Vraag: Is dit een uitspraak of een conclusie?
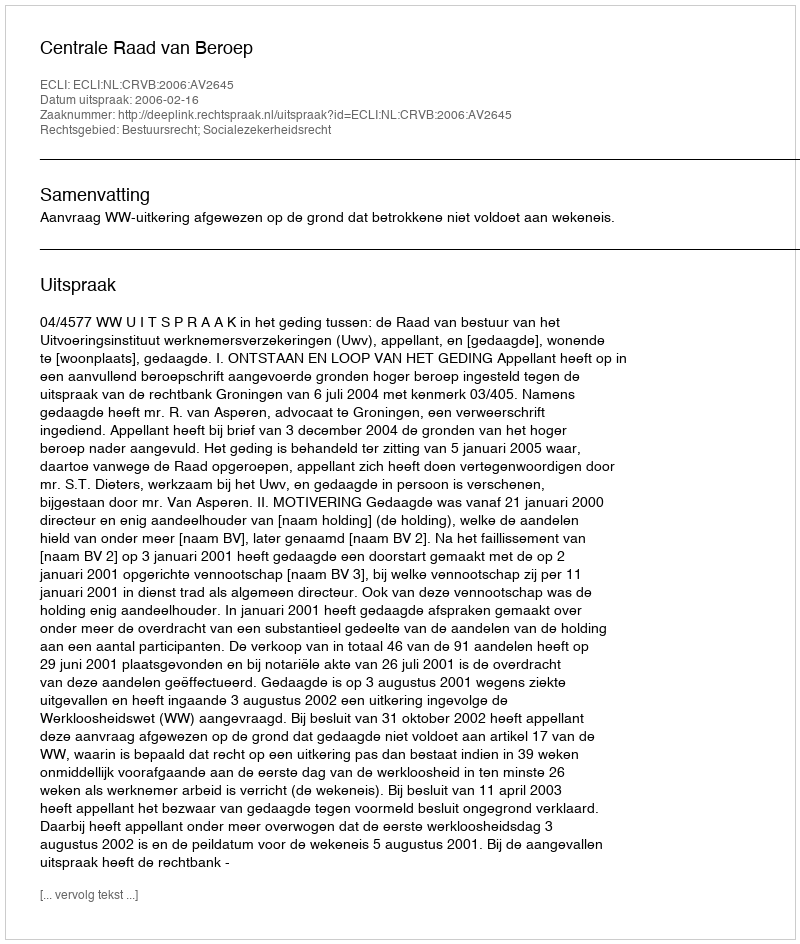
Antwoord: Uitspraak